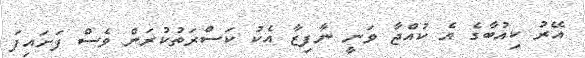
އޭރު ކިއުބާގެ އެ ކުއްޖާ ވަނީ ނާފިޒާ އެކު ކަސްރަތުކުރަން ވެސް ފަށައިފަ